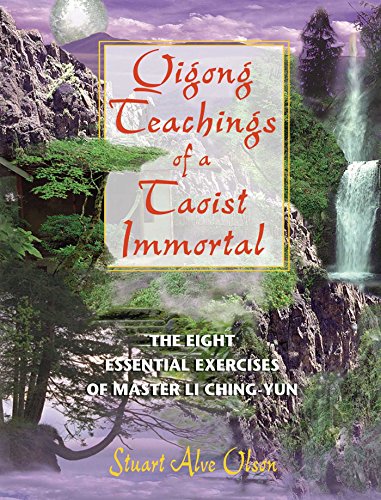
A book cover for Qigong Teachings of a Taoist Immortal: The Eight Essential Exercises of Master Li Ching-yun; Stuart Alve Olson; Health, Fitness & Dieting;